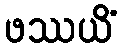
ဖဿယိံ